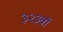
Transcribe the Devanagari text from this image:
३२३वॉ